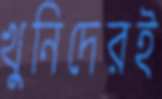
খুনিদেরই